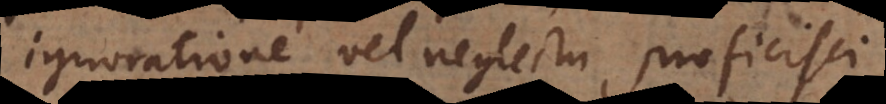
ignoratione vel neglectu proficisci.